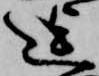
迄